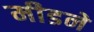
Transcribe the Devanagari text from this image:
मीडने